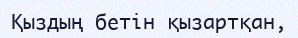
Қыздың бетiн қызартқан,